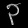
Digit: ၃